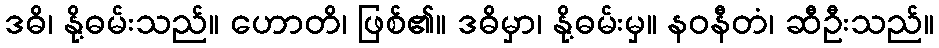
ဒဓိ၊ နို့ဓမ်းသည်။ ဟောတိ၊ ဖြစ်၏။ ဒဓိမှာ၊ နို့ဓမ်းမှ။ နဝနီတံ၊ ဆီဦးသည်။